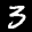
Label: 3